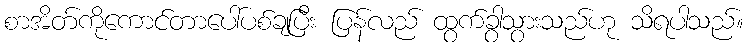
စာအိတ်ကိုကောင်တာပေါ်ပစ်ချပြီး ပြန်လည် ထွက်ခွာသွားသည်ဟု သိရပါသည်။